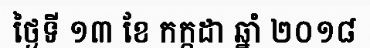
ថ្ងៃទី ១៣ ខែ កក្កដា ឆ្នាំ ២០១៨